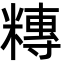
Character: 䊜